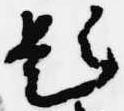
題